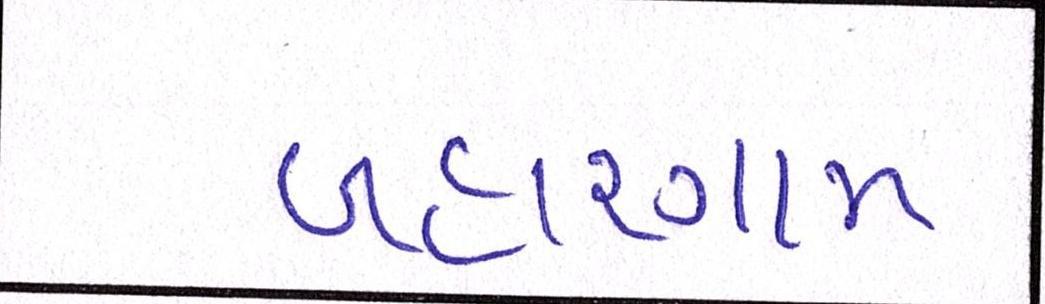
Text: બહારગામ